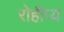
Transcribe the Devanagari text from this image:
रोहीप्य